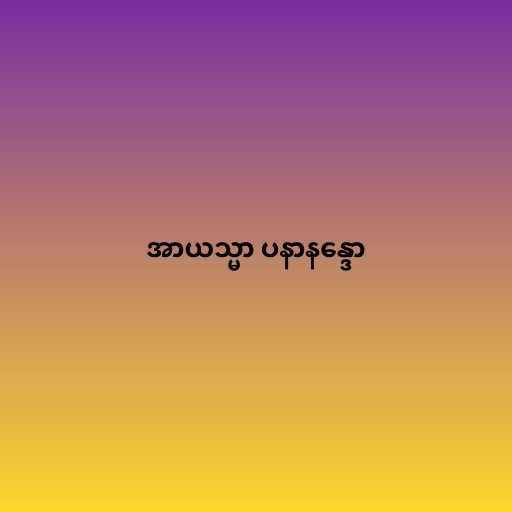
အာယသ္မာ ပနာနန္ဒော